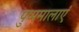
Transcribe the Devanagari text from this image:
पुष्पमालाएं